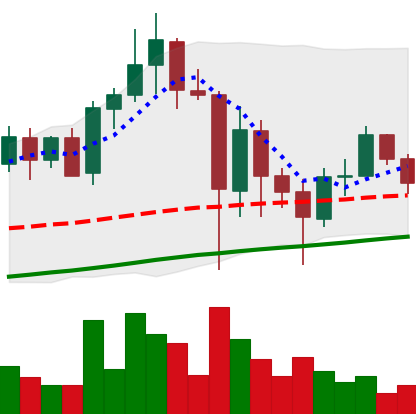
Ticker: ADA-USD
Chart end date: 2021-05-28
Forward return: 15.929%
Label: up_7plus